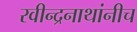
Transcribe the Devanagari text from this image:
रवीन्द्रनाथांनीच